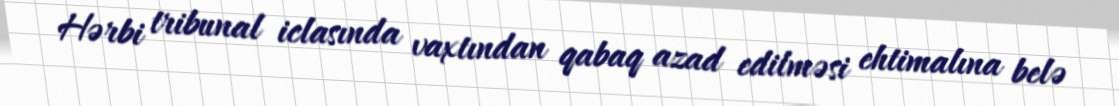
Hərbi tribunal iclasında vaxtından qabaq azad edilməsi ehtimalına belə